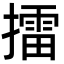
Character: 擂